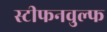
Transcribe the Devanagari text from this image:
स्टीफनवुल्फ